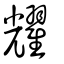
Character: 耀